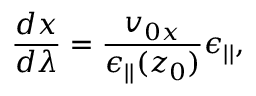
\frac { d x } { d \lambda } = \frac { v _ { 0 x } } { \epsilon _ { | | } ( z _ { 0 } ) } \epsilon _ { | | } ,